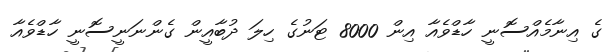
ގެ އިނާމެއްސޮނީ ހާޑްވެއާ އިން 8000 ޓަނުގެ ހިލަ ދުބާއީން ގެންނަނީސޮނީ ހާޑްވެއާ